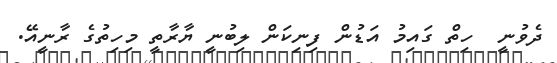
ދެވުނީ  ހިތް ގައިމު އަޑުން ފިނިކަން ލިބުނީ ޔާރާތީ މިހިތުގެ ރާނީއޭ.